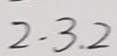
2 \cdot 3 . 2